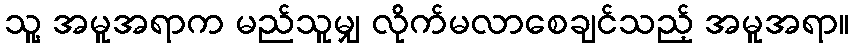
သူ့ အမူအရာက မည်သူမျှ လိုက်မလာစေချင်သည့် အမူအရာ။